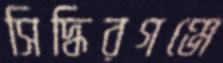
সিদ্ধিরগঞ্জে